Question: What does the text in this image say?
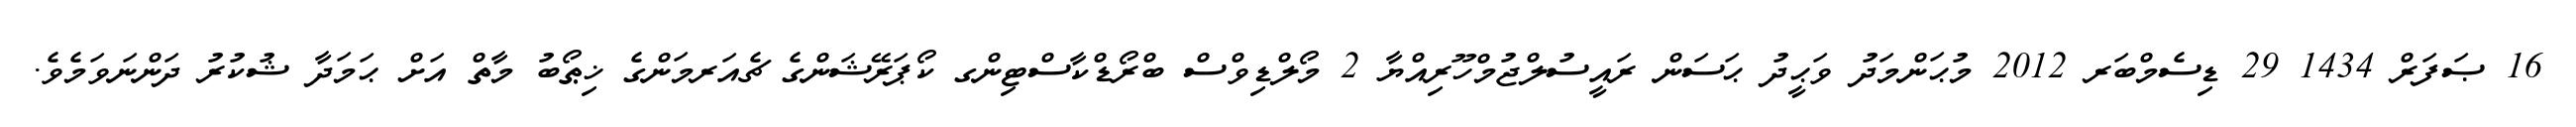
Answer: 16 ޞަފަރް 1434 29 ޑިސެމްބަރ 2012 މުޙަންމަދު ވަޙީދު ޙަސަން ރައީސުލްޖުމްހޫރިއްޔާ 2 މޯލްޑިވްސް ބްރޯޑްކާސްޓިންގ ކޯޕަރޭޝަންގެ ޗެއަރމަންގެ ޚިޠޯބު މާތް އަށް ޙަމަދާ ޝުކުރު ދަންނަވަމެވެ.